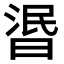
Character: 𣇹